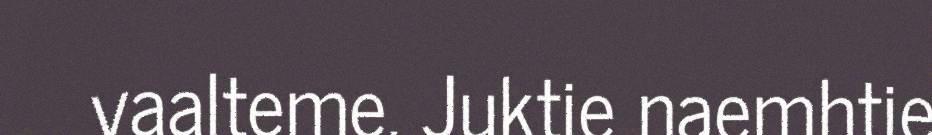
vaalteme. Juktie naemhtie